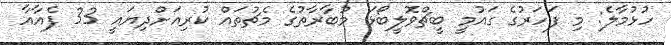
ހުޅުމާލެ: މި ފަހަރުގެ ގައުމީ ބީޗްވޮލީބޯޅަ މުބާރާތުގެ މެޗުތައް ކުރިއަށްދިޔައީ 33 ޕެއާއާ